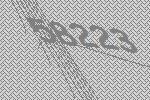
58223